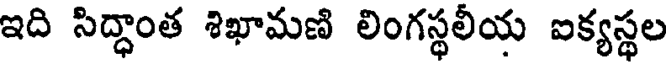
ఇది సిద్ధాంత శిఖామణి లింగస్థలీయ ఐక్యస్థల